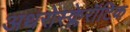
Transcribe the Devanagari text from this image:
अथरोस्क्लेरॉटिक